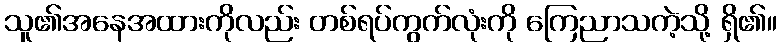
သူ၏အနေအထားကိုလည်း တစ်ရပ်ကွက်လုံးကို ကြေညာသကဲ့သို့ ရှိ၏။